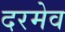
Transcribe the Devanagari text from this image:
दरमेव